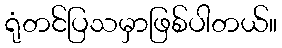
ရုံတင်ပြသမှာဖြစ်ပါတယ်။